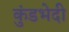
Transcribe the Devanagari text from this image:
कुंडभेदी